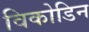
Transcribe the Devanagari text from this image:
विकोडिन